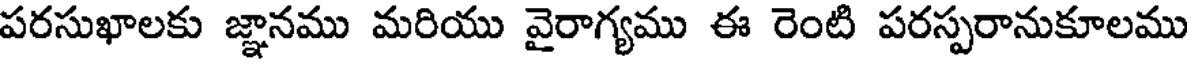
పరసుఖాలకు జ్ఞానము మరియు వైరాగ్యము ఈ రెంటి పరస్పరానుకూలము